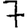
Digit: 7